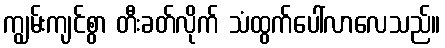
ကျွမ်းကျင်စွာ တီးခတ်လိုက် သံထွက်ပေါ်လာလေသည်။